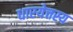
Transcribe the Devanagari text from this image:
धारयेत्तस्य